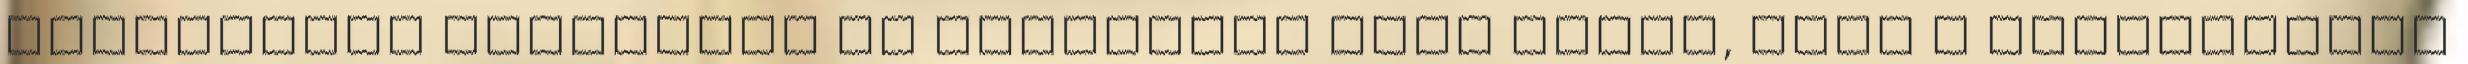
biztonsága érdekében is kívánatos lett volna, hogy a szabályozás